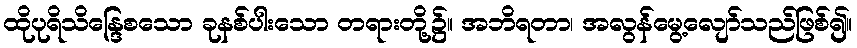
ထိုပုရိသိန္ဒြေစသော ခုနစ်ပါးသော တရားတို့၌။ အဘိရတာ၊ အလွန်မွေ့လျော်သည်ဖြစ်၍။